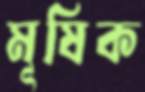
মূষিক